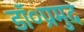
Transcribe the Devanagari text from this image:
डॉ०प्रमुद